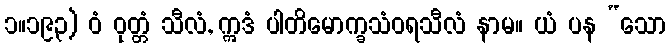
၁။၁၉၃) ဝံ ဝုတ္တံ သီလံ, ဣဒံ ပါတိမောက္ခသံဝရသီလံ နာမ။ ယံ ပန “သော